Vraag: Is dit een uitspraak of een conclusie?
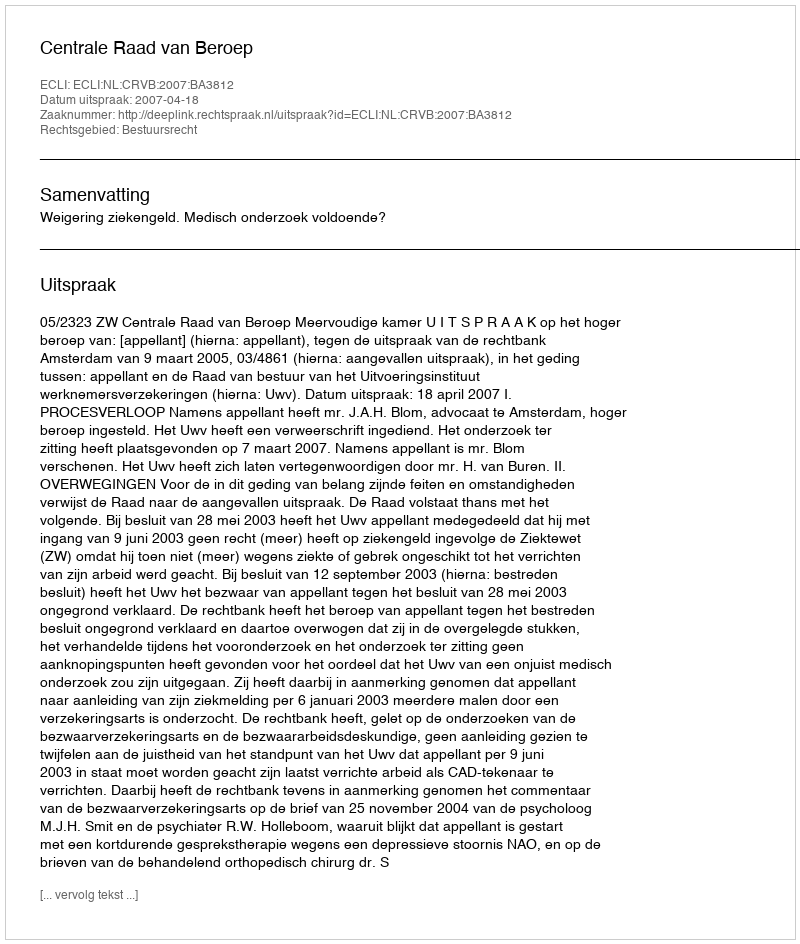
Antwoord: Uitspraak